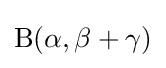
\mathrm {B} (\alpha ,\beta +\gamma )